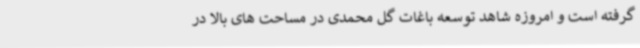
گرفته است و امروزه شاهد توسعه باغات گل محمدی در مساحت های بالا در